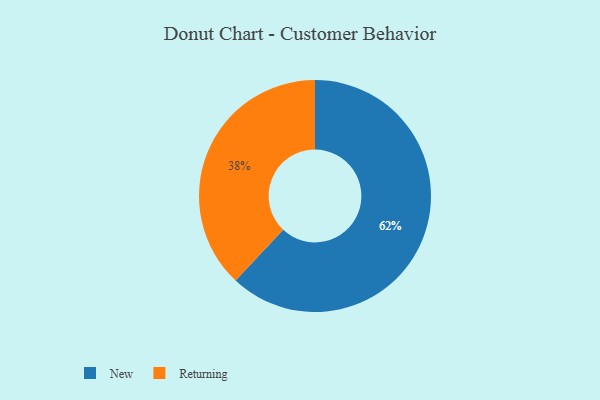
{"axis": {"x": "Category", "y": "Percentage"}, "legend": ["New", "Returning"], "data": [{"x": "New", "y": 62, "type": "New"}, {"x": "Returning", "y": 38, "type": "Returning"}]}